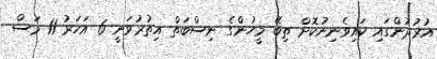
އުރުދުންގައި ކައިވެނިނުކޮށް ތިބޭ މީހުންގެ ނިސްބަތް އިތުރުވަނީ 6 އަހަރު 11 މަސް